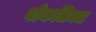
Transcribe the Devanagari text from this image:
वोकलिक्स